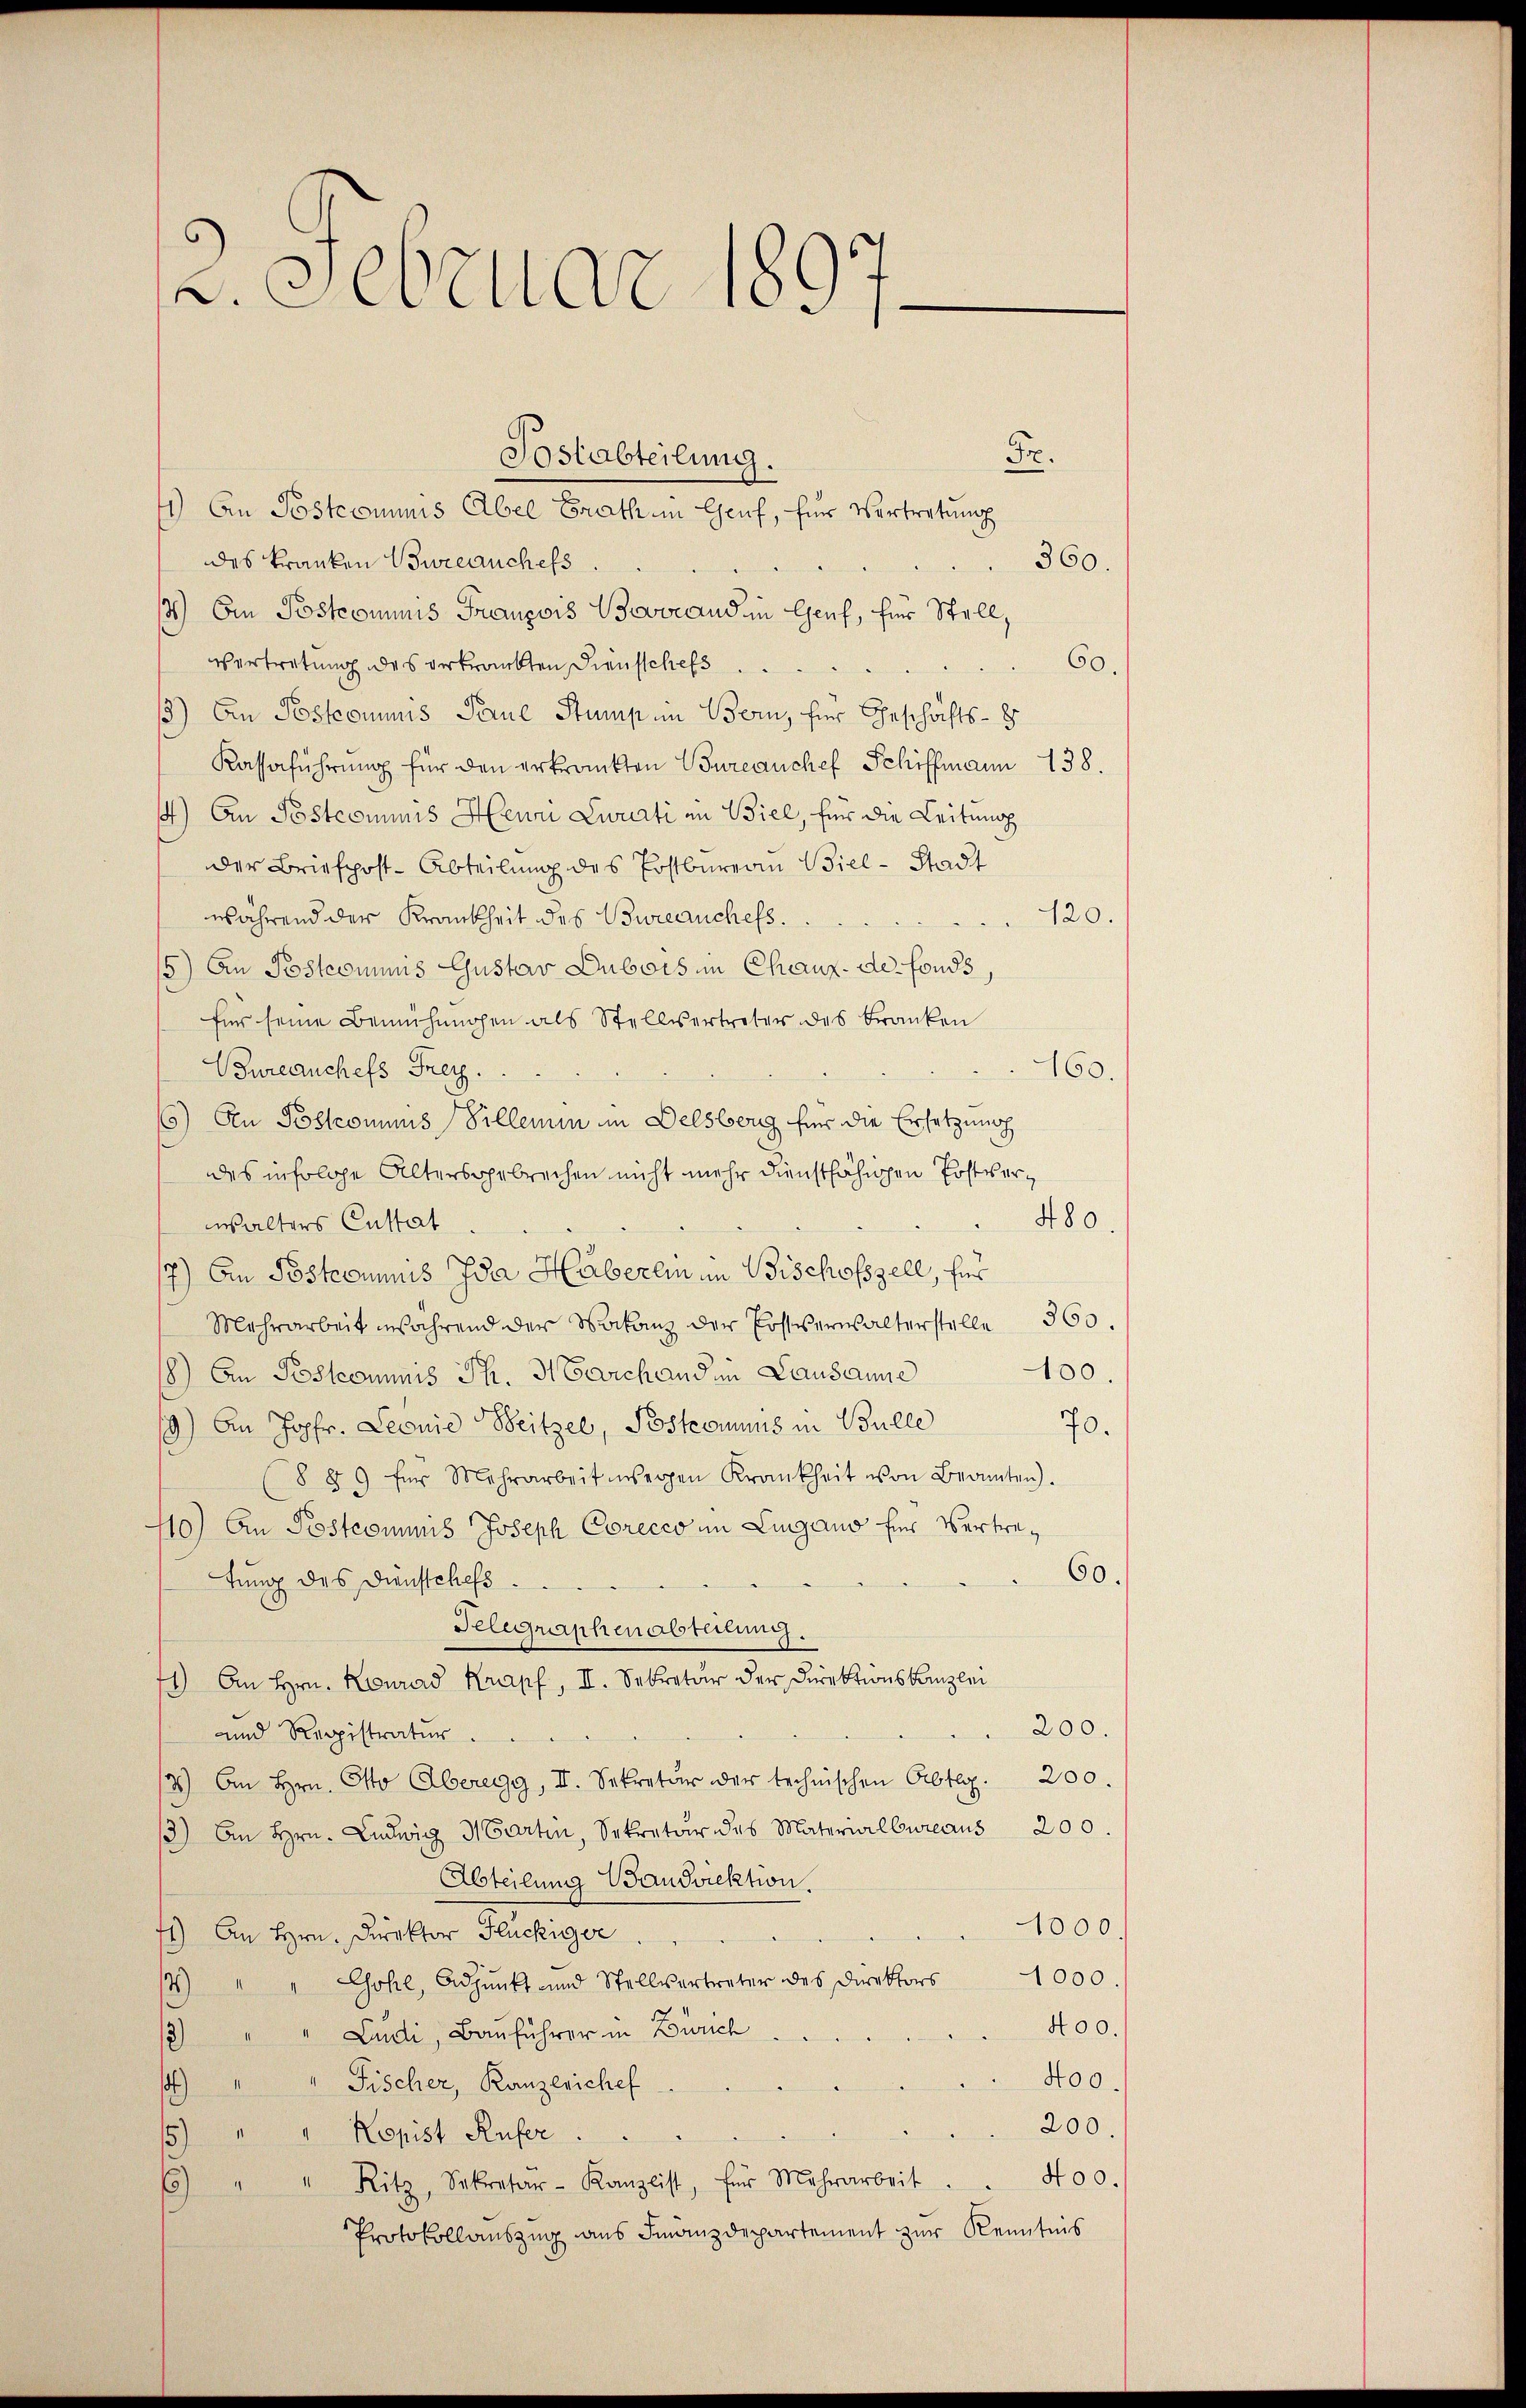
3. Februar 1897

Fr.
des Franken Bureauchess
360.
14) Ein Postcommis François Boverand in Genf, für Stell,
vertretung des verkrankten Dienstchefs
60.
3) An Postcommis Paul Stump in Bern, für Geschäfts-S
Kassaführung für den erkrankten Bureauchef Schiffmann 138.
14) An Postcommis Herrn Zwurti in Biel, für die Leitung
der Briefpost-Abteilung des Postbarerin Biel-Stadt
während der Krankheit des Bureauchess.
120.
5) An Postcommis Gustav Dubois in Chaux de fonds,
für seine Bemühungen als Stellvertreter des Franken
Bureauchess Frey.
160.
6) An Postcommis Pillemin in Delsberg für die Ersetzung
des infolge Altersgebrechen nicht mehr dienstfähigen Postver¬
480.
walters Custat
17.) An Postcommis Ida Häberei im Bischofszell, für
Mehrarbeit während der Malanz der Postverwalterstelle 360.
100.
18.) An Postcommis Th. Marchand in Lausanne
19.) An Jopfr. Leonie Beitzel, Postcomuns in Bulle
70.
8 § 9 für Mehrarbeit wegen Krankheit von Beamten).
110) An Postcommis Joseph Corecco in Lugano für Vertre¬
60.
tung des Dienstchefs
Telegraphenabteilung
71) An Hrn. Konrad Krapf, II. Sekretär der Direktionskanzlei
200.
und Registratur
4.) An Hrn. Otto Aberegg, II. Sekretär der technischen Abtag. 200.
3) An Hrn. Ludwig Marten, Sekretär des Materialbureaus 200.
Abteilung Bandviektion.
1000.
41) An Hrn. Direktor Flückiger
Gohl, Adjunkt und Stellvertreter des Direktors 1000.
1)
400.
3) " " Ludi, Bauführer in Zürich
400.
Fischer, Kanzerichef
1)
200.
5)
Kopist Rufer
400.
6 " " Ritz, Sekretär-Kanzlist, für Mehrarbeit
Protokollauszug aus Finanzdepartement zur Kenntnis

Postabteilung.
11) An Postcommis Abel Brath in Genf, für Vertretung